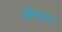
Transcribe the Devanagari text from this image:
स्कैंपुलर